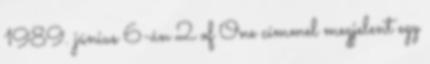
1989. június 6-án 2 of One címmel megjelent egy